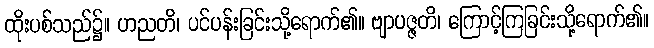
ထိုးပစ်သည်၌။ ဟညတိ၊ ပင်ပန်းခြင်းသို့ရောက်၏။ ဗျာပဇ္ဇတိ၊ ကြောင့်ကြခြင်းသို့ရောက်၏။